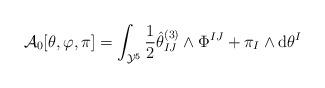
LaTeX: \begin{align*} \mathcal{A}_0[\theta,\varphi,\pi] = \int_{\mathcal{Y}^5} \frac{1}{2}\hat{\theta}^{(3)}_{IJ}\wedge \Phi^{IJ} + \pi_I\wedge \hbox{d}\theta^I \end{align*}